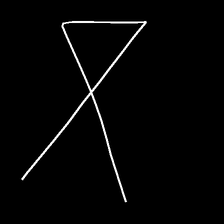
Glyph: collection